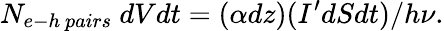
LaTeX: N_{e-h\ pairs}\ dVdt=(\alpha dz)(I^{\prime}dSdt)/h\nu.